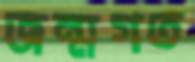
জন্মগত